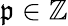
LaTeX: \mathfrak{p}\in\mathbb{Z}